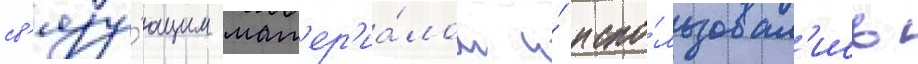
св'язу́ющим мат'ер'иа́лом и́ испо́льзовал'ись